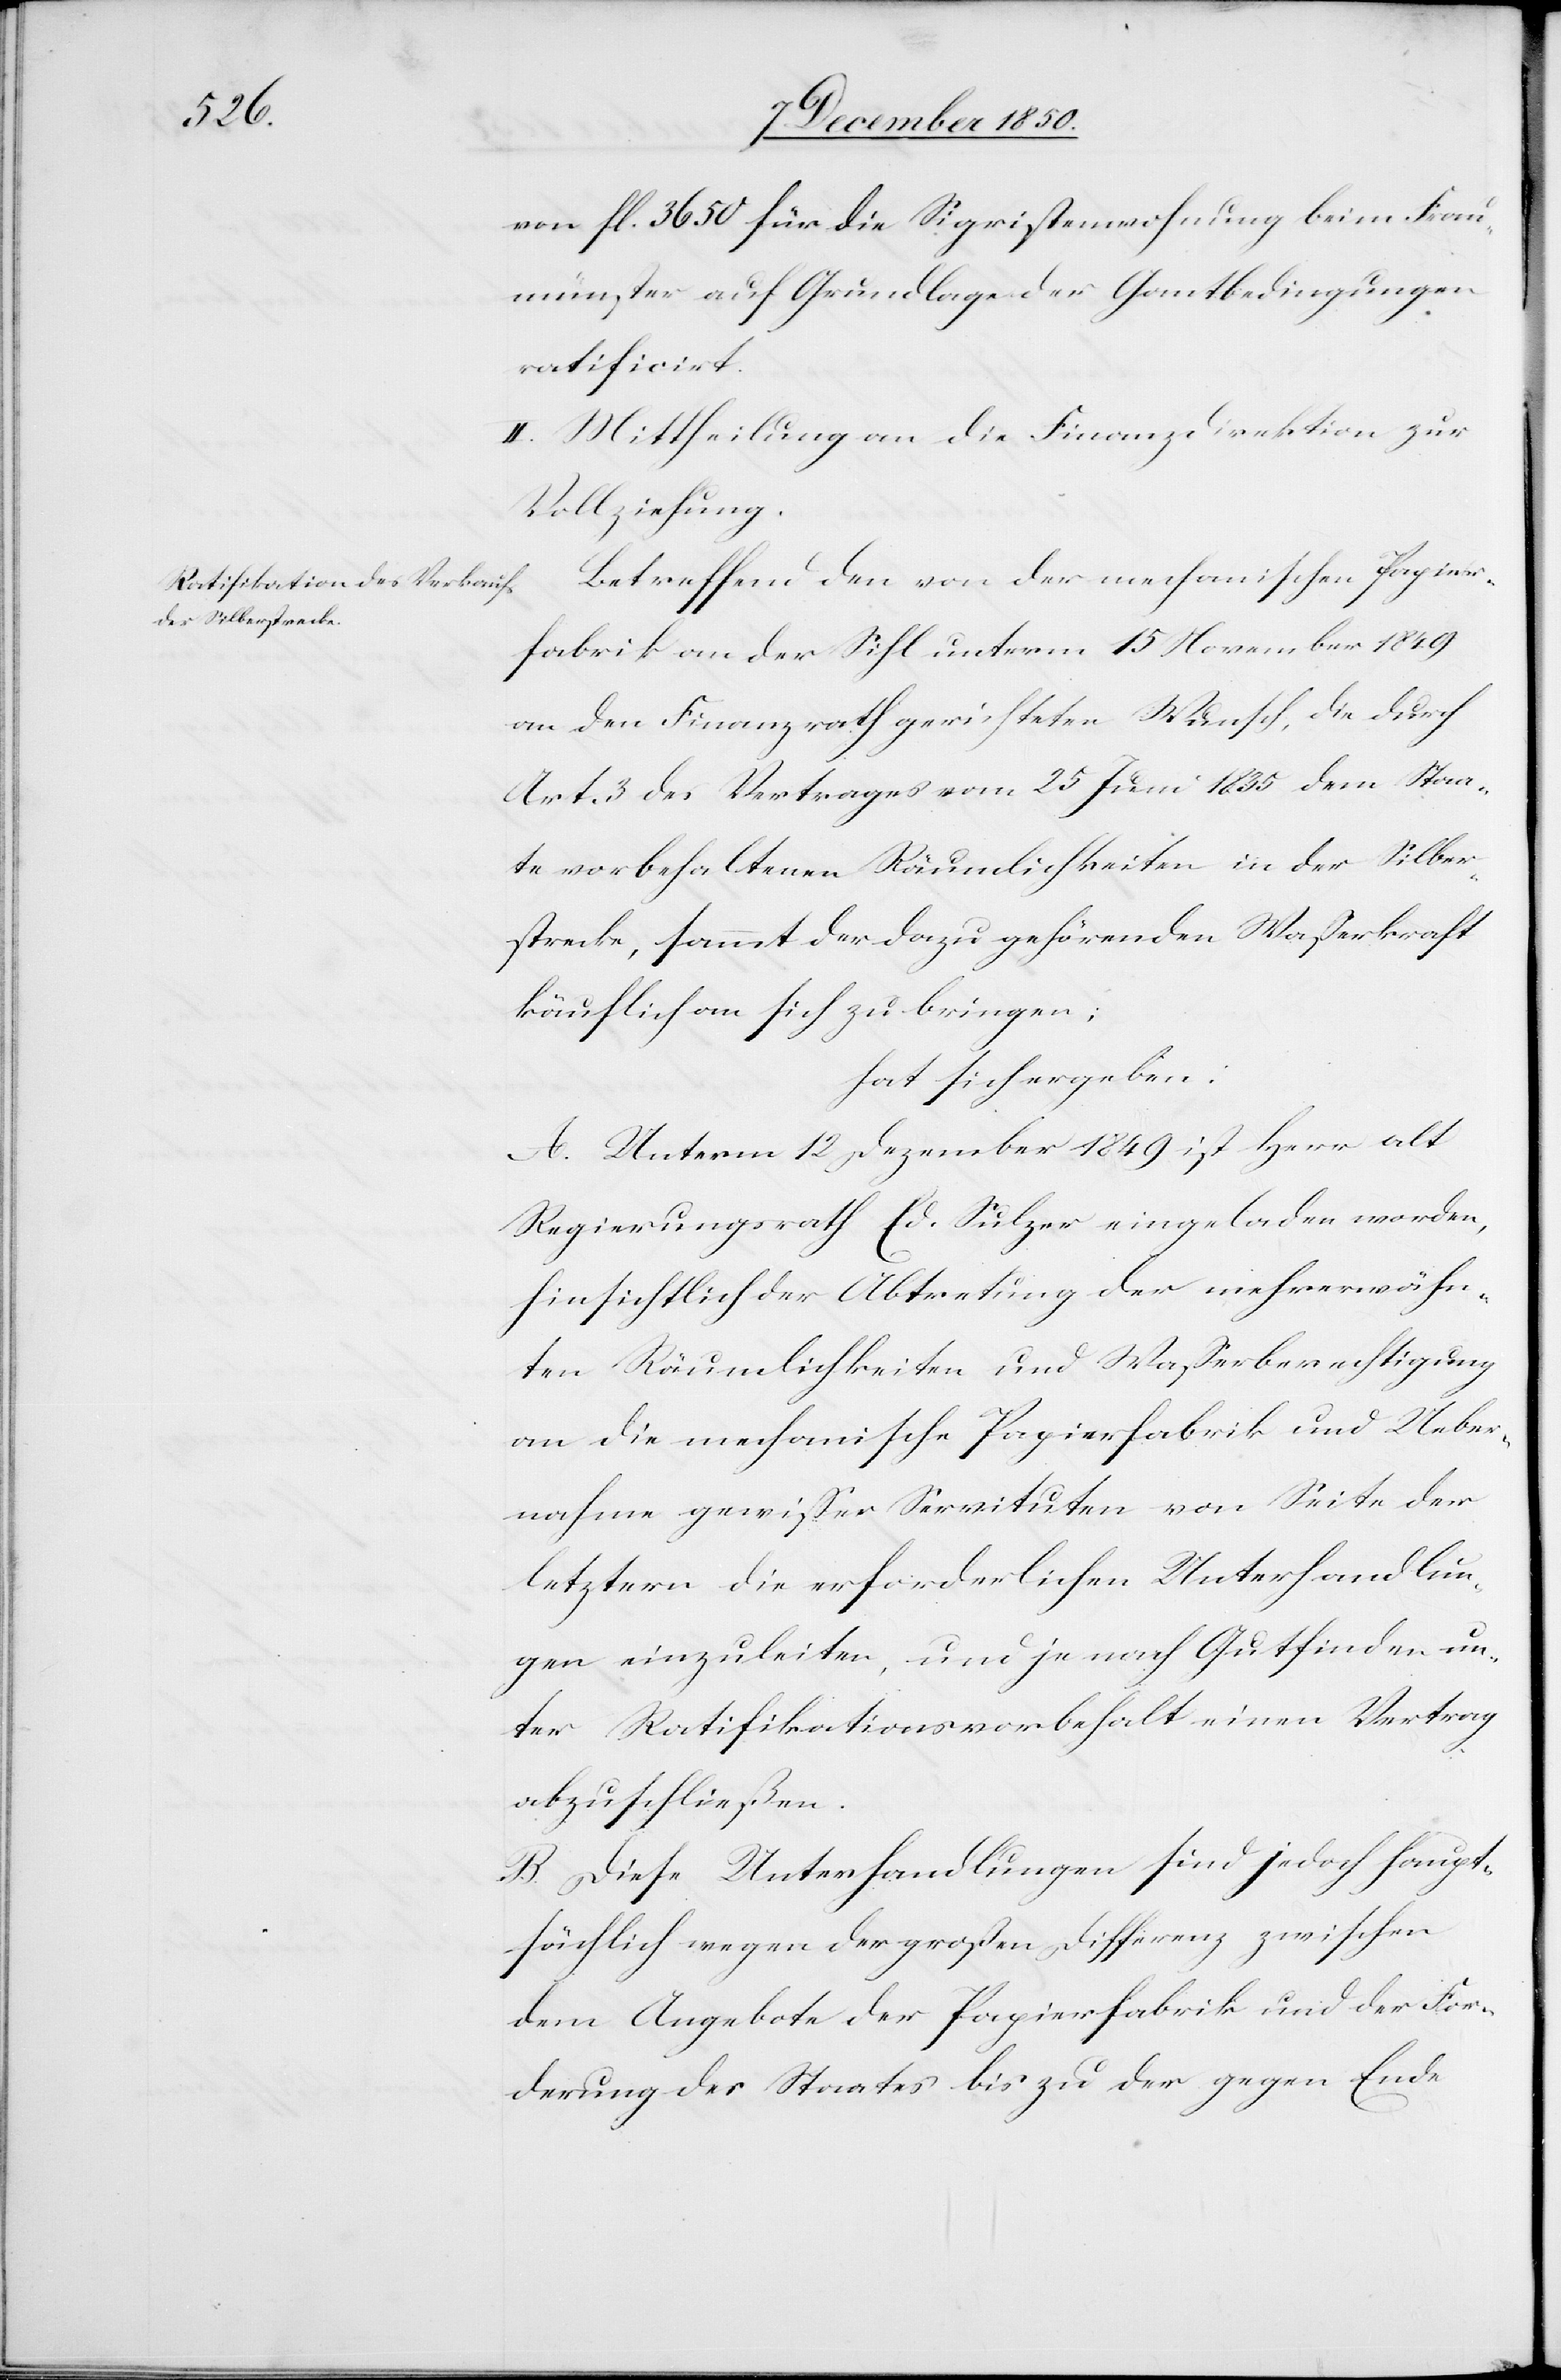
von fl. 3650 für die Sigristenwohnung beim Frau¬
münster auf Grundlage der Gantbedingungen
ratificirt.
II. Mittheilung an die Finanzdirektion zur
Vollziehung.
Betreffend den von der mechanischen Papier¬
fabrik an der Sihl unterm 15 November 1849
an den Finanzrath gerichteten Wunsch, die durch
Art 3 des Vertrages vom 25 Juni 1835 dem Staa¬
te vorbehaltenen Räumlichkeiten in der Silber¬
strecke, sammt der dazu gehörenden Wasserkraft
käuflich an sich zu bringen;
hat sich ergeben:
A. Unterm 12 Dezember 1849 ist Herr alt
Regierungsrath Ed. Sulzer eingeladen worden,
hinsichtlich der Abtretung der mehrerwähn¬
ten Räumlichkeiten und Wasserberechtigung
an die mechanische Papierfabrik und Ueber¬
nahme gewisser Servituten von Seite der
letztern die erforderlichen Unterhandlun¬
gen einzuleiten, und je nach Gutfinden un¬
ter Ratifikationsvorbehalt einen Vertrag
abzuschließen.
B. Diese Unterhandlungen sind jedoch haupt¬
sächlich wegen der grossen Differenz zwischen
dem Angebote der Papierfabrik und der For¬
derung des Staates bis zu der gegen Ende